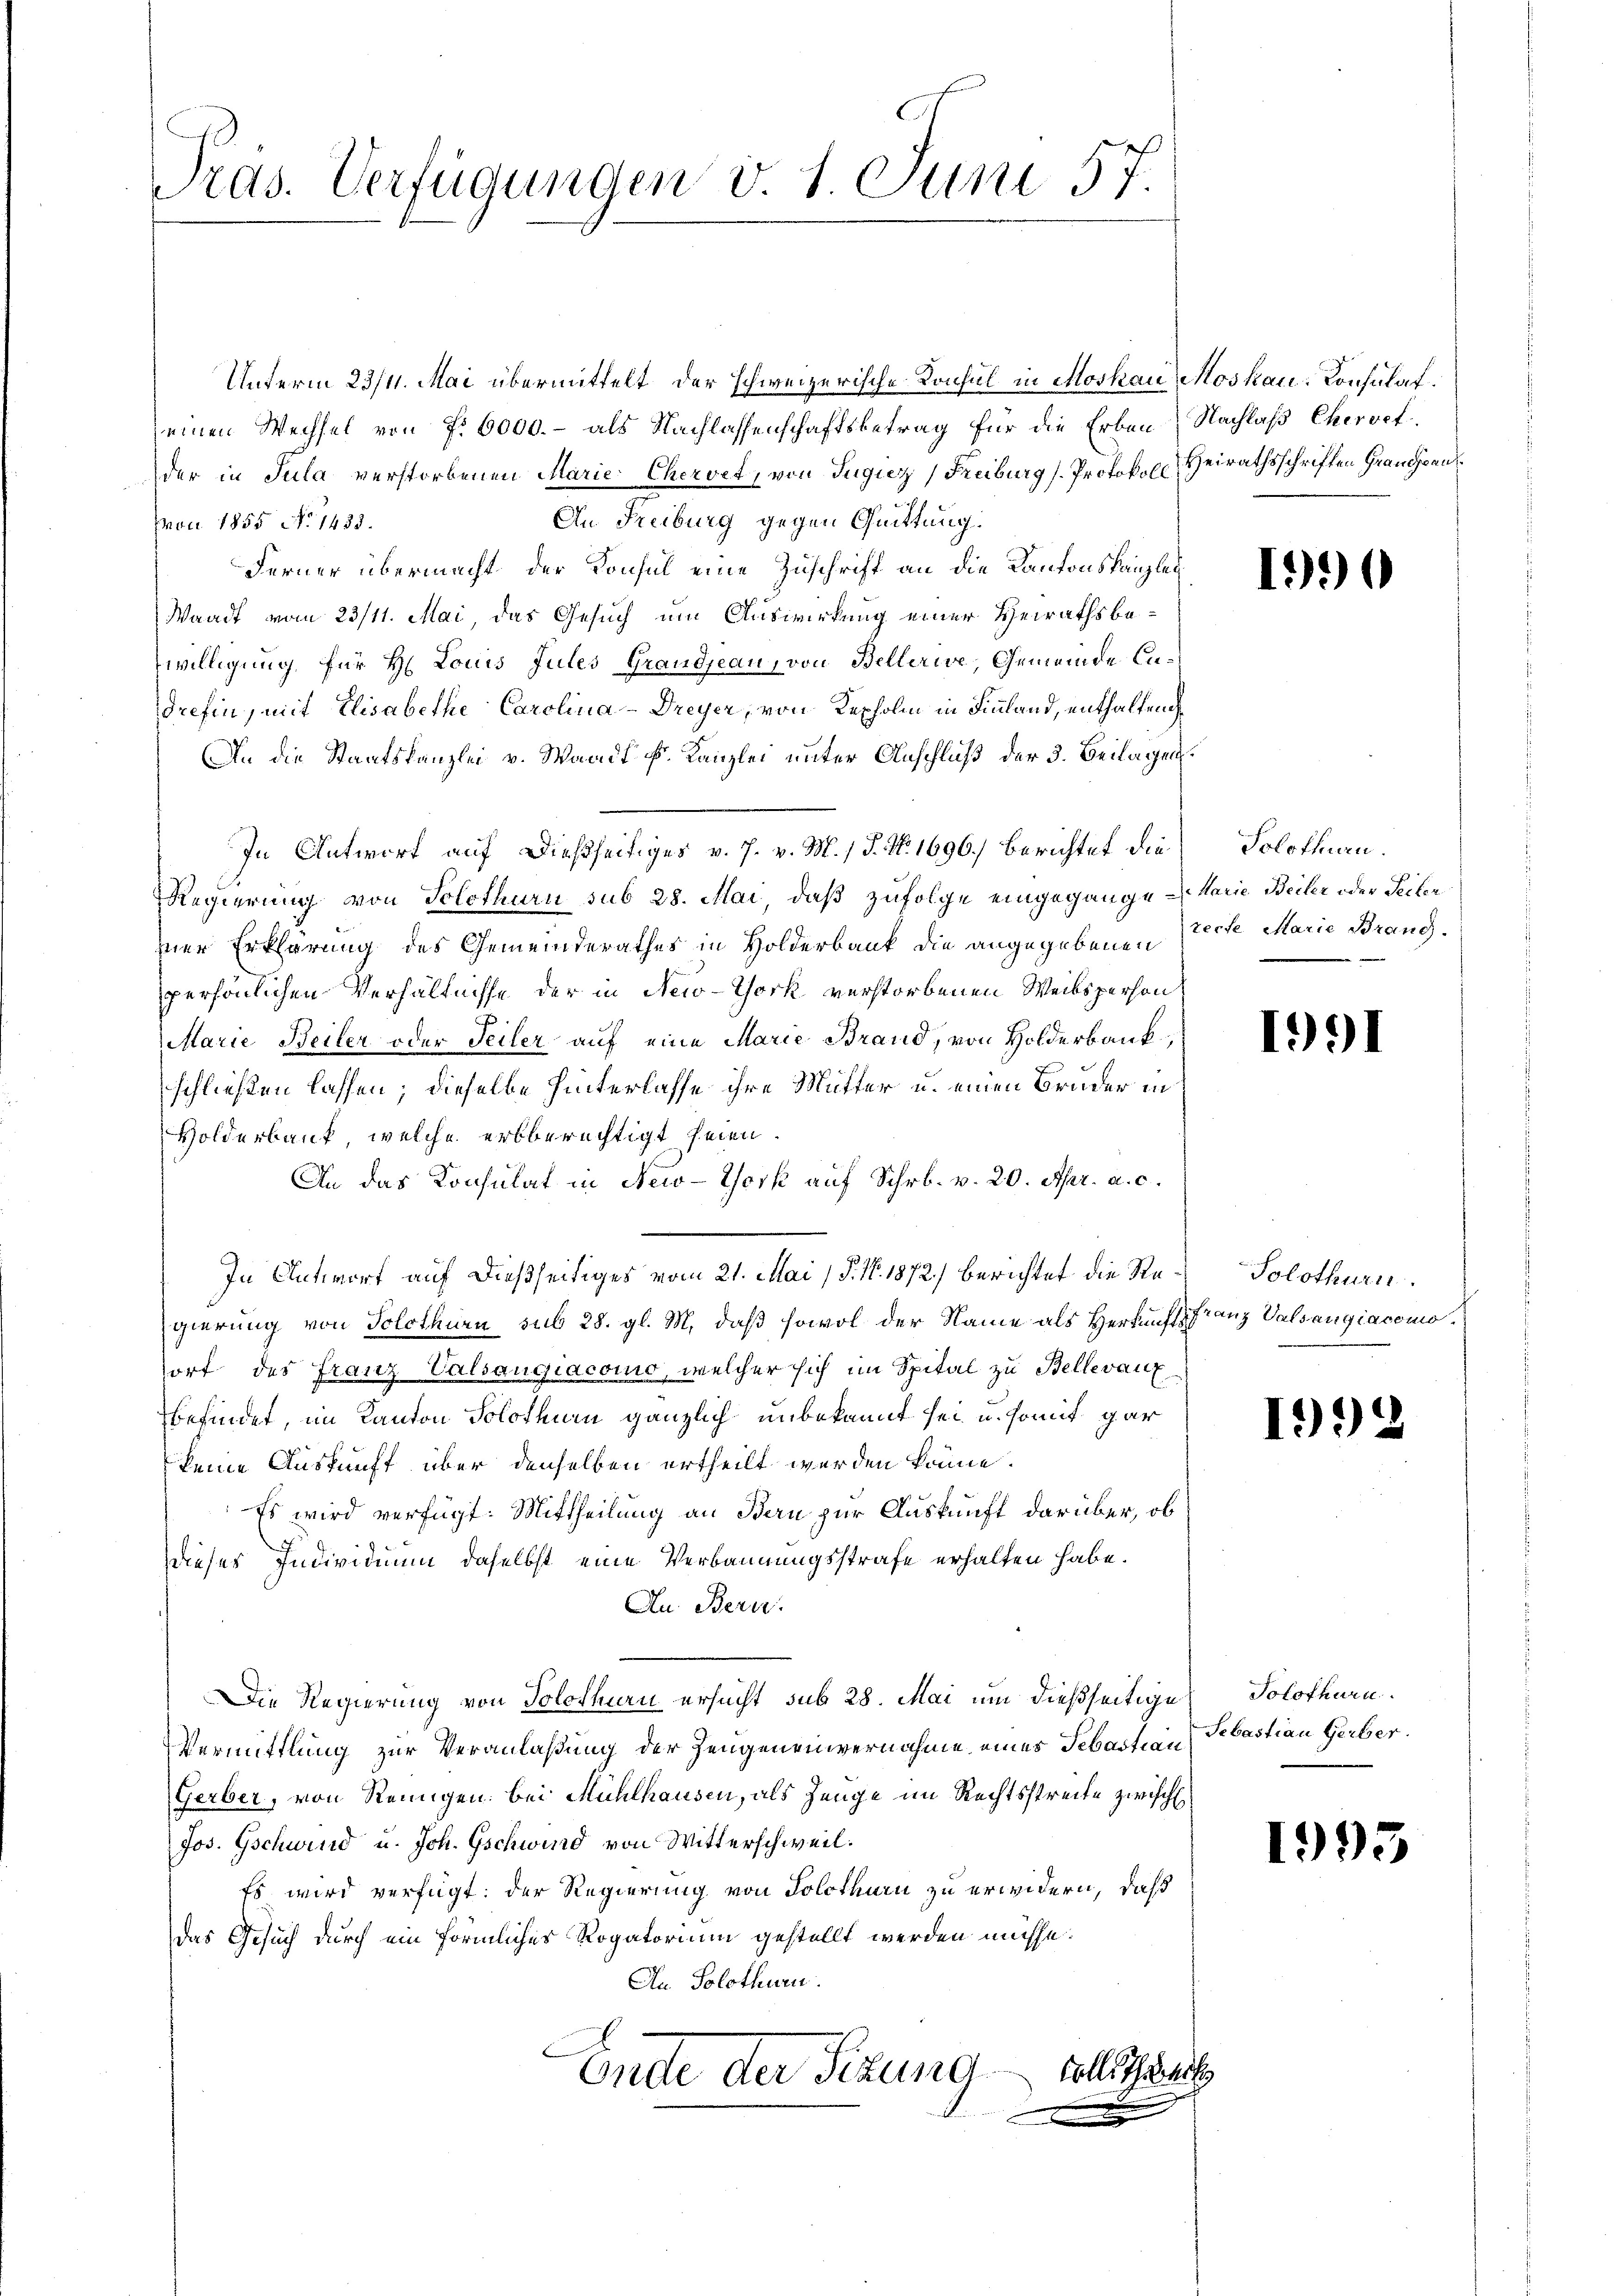
Pras. Verfügungen v. 1. Juni 57

Unterm 23/4. Mai übermittelt der schweizerische Konsul in Moskau Moskau Konsulat.
seinen Wechsel von f. 6000.- als Nachlassenschaftsbetrag für die Erben Nachlaß Chervet.
der in Tula verstorbenen Marie-Chervet, von Jugiz (Freiburg (Protokoll Heirathsschriften Grauchen
An Freiburg gegen Quittung.
Mai 1855 No 1433.
Ferner übermacht, der Konsul eine Zuschrift an die Kantonskanzlei
Waadt vom 23/11. Mai, das Gesuch um Auswirkung einer Heirathsbewilligung für H. Louis Jules Grandjean, von Bellerie, Gemeinde Cadrefin, mit Elisabethe Carolina Dreyer, von Kepholen in Finnland, enthaltende
An die Staatskanzlei v. Waadt k. Kanzlei unter Anschluß der 3. Beilagen.
In Antwort auf dießseitiges v. 7. v. M. / P. Nr. 1696.) Berichtet die
Regierung von Solothurn sub 28. Mai, daß zufolge eingegange Marie Beiler oder Seiten
ner Erklärung des Gemeinderathes in Holderbank die angegebenen (recte Marie Brand-
persönlichen Verhältnisse der in New-York verstorbenen Weibsperson
Marie Beiler oder Teiler auf eine Marie Brand, von Holderbank
schließen lassen; dieselbe hinterlasse ihre Mutter u. einen Bruder in
Holderbank, welche erbberechtigt seien.
An das Konsulat in New-York auf Schrb. v. 20. Apr. a. c.
In Antwort auf dießseitiges vom 21. Mai (§. No. 1872) berichtet die Regierung von Solothurn sub 28. gl. M. daß sowol der Name als Herkunft franz Valsangiacomoorf des Franz Valsangiacomo, welcher sich im Spital zu Bellevanz
befindet, im Kanton Solothurn gänzlich unbekannt sei u. somit gar
keine Auskunft über denselben ertheilt werden könne.
Es wird verfügt: Mittheilung an Bern zur Auskunft darüber, ob
dieses Individium daselbst eine Verbannungsstrafe erhalten habe.
Au. Bern.
Die Regierung von Solothurn ersucht sub 28. Mai um dießseitige Solothurn
Vermittlung zur Veranlaßung der Zeugeneinvernahme eines Sebastian
Gerber, von Reinigen bei Mühlhausen, als Zeuge im Rechtsstreite zwische
Jos. Gschwind u. Joh. Gschwind von Witterschweil.
Es wird verfügt: der Regierung von Solothurn zu erwidern, daß
das Gesuch durch ein förmliches Rogatorium gestellt werden müsse.
An Solothurn.
Ende der Sitzung sollen
.

Solothurn.

Solothurn.

Sebastian Gerber.

1990

1991

1992

1995